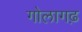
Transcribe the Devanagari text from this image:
गोलागढ़